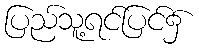
ပြည်သူ့ရင်ပြင်၌